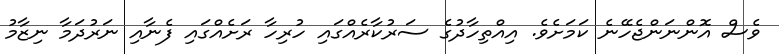
ވެސް އޮންނަންޖެހޭނެ ކަމަށެވެ. އިއްތިހާދުގެ ސަރުކާރެއްގައި ހުރިހާ ރަށެއްގައި ފެނާއި ނަރުދަމާ ނިޒާމު